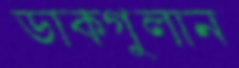
ডাকগুলান